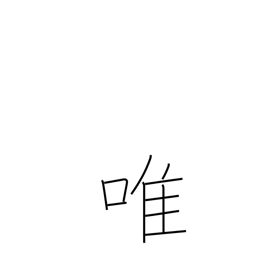
Meaning: solely